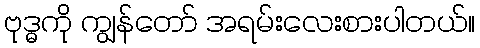
ဗုဒ္ဓကို ကျွန်တော် အရမ်းလေးစားပါတယ်။